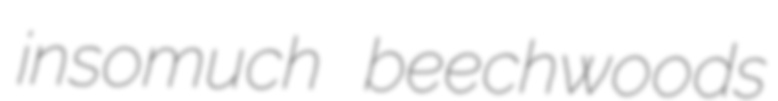
insomuch beechwoods